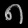
Digit: ၈